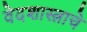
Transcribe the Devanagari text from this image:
वेदशास्त्राचे